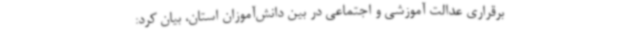
برقراری عدالت آموزشی و اجتماعی در بین دانش‌آموزان استان، بیان کرد: